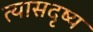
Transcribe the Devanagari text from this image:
त्यासदृष्य